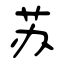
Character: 苏